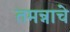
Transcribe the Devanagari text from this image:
तमन्नाचे